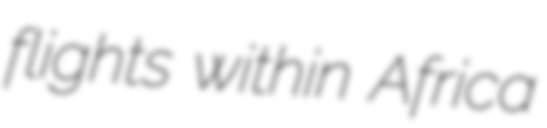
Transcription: flights within Africa